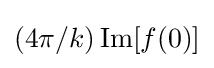
(4\pi /k)\operatorname {Im} [f(0)]